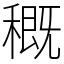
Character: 穊